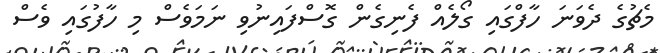
މެޗުގެ ދެވަނަ ހާފްގައި ގޯލެއް ފެނިގެން ގޮސްފައިނުވި ނަމަވެސް މި ހާފުގައި ވެސް